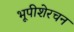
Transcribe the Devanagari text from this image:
भूपीशेरचन